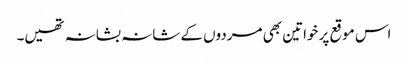
اس موقع پر خواتین بھی مردوں کے شانہ بشانہ تھیں۔